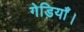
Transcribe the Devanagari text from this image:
गेड़ियाँ।